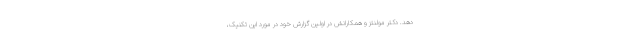
دهد. دکتر مولنتز و همکارانش در اولین گزارش خود در مورد این تکنیک،